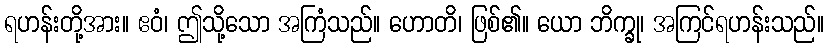
ရဟန်းတို့အား။ ဧဝံ၊ ဤသို့သော အကြံသည်။ ဟောတိ၊ ဖြစ်၏။ ယော ဘိက္ခု၊ အကြင်ရဟန်းသည်။